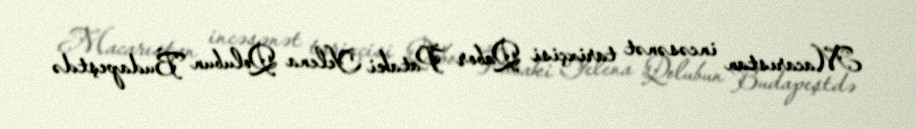
Macarıstan incəsənət tarixçisi Qabor Pataki Yelena Qolubun Budapeştdə